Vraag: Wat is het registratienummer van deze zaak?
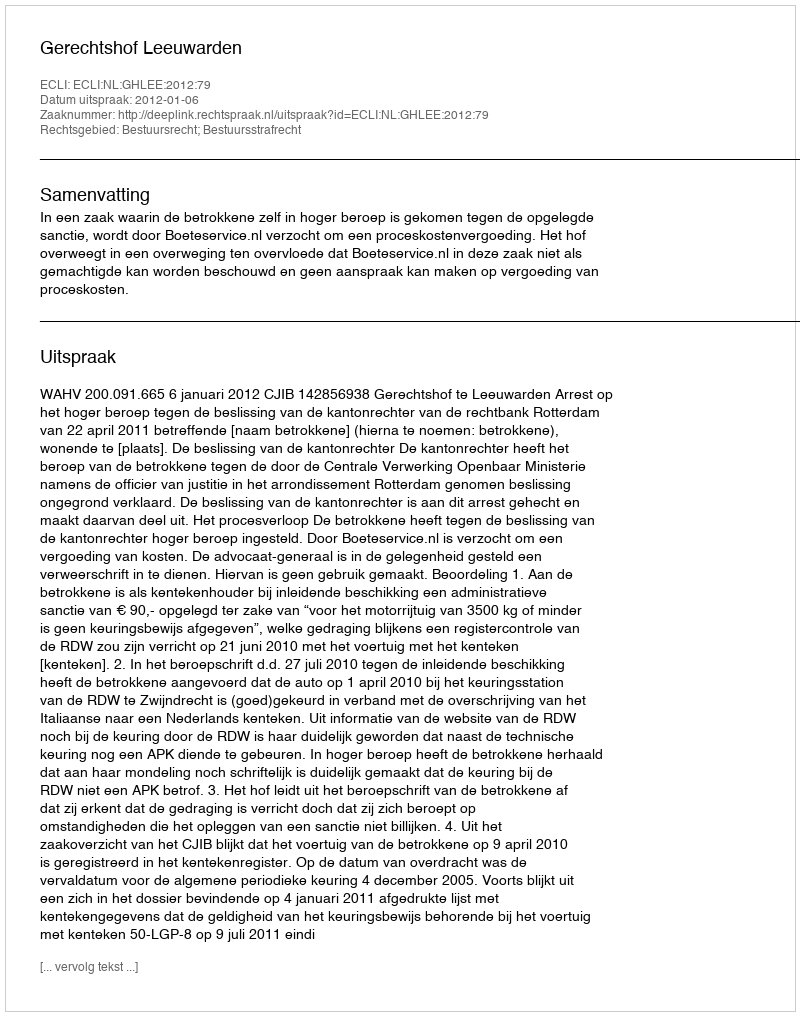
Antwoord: http://deeplink.rechtspraak.nl/uitspraak?id=ECLI:NL:GHLEE:2012:79